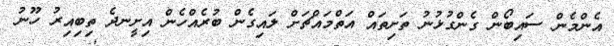
އެންމެން ސައިބޯން ގެންގުޅުނު ތަށިތައް އަތްމައްޗަށް ލައިގެން ބުރެއްހެން އިށީނދެ ތިބިއިރު ހޫނު